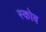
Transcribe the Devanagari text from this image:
स्‍कोव